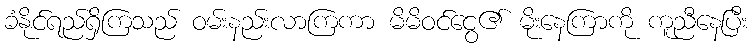
ခံနိုင်ရည်ရှိကြသည် ဝမ်းနည်းလာကြကာ မိမိဝင်ငွေ၏ မိုးနေကြာကို ကူညီနေပြီး